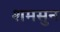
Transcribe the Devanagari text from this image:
शमसुन